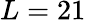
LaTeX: L=21